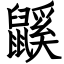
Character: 鼷